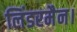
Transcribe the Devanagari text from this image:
लिंडरमैन।